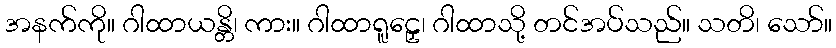
အနက်ကို။ ဂါထာယန္တိ၊ ကား။ ဂါထာရူဠှေ၊ ဂါထာသို့ တင်အပ်သည်။ သတိ၊ သော်။